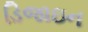
ડિજાઇન